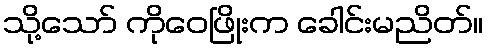
သို့သော် ကိုဝေဖြိုးက ခေါင်းမညိတ်။